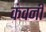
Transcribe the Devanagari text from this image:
कंवनी